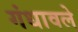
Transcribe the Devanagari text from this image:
गंधावले